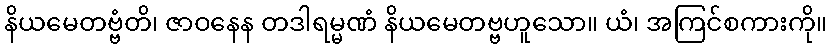
နိယမေတဗ္ဗံတိ၊ ဇာဝနေန တဒါရမ္မဏံ နိယမေတဗ္ဗဟူသော။ ယံ၊ အကြင်စကားကို။